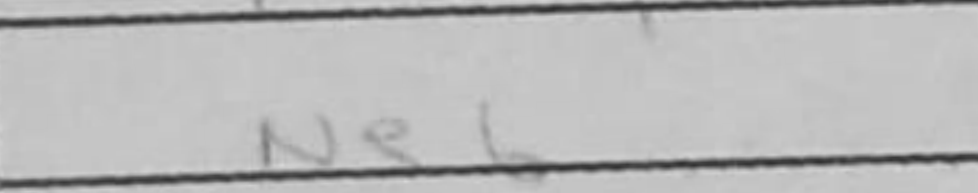
Transcription: Ne6